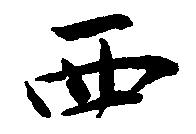
西